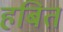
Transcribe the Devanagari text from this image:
हबित